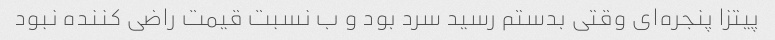
پیتزا پنجره‌ای وقتی بدستم رسید سرد بود و ب نسبت قیمت راضی کننده نبود